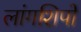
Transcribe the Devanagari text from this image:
लांगशिपों